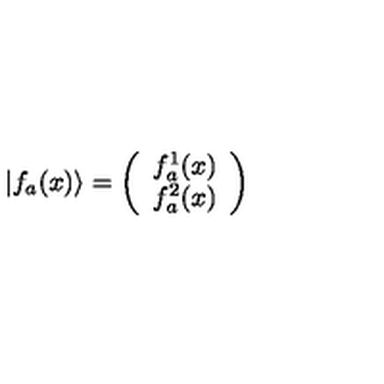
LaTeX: \vert f _ { a } ( x ) \rangle = \left( \begin{array} { c } { f _ { a } ^ { 1 } ( x ) } \\ { f _ { a } ^ { 2 } ( x ) } \\ \end{array} \right)